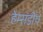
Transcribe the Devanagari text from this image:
हेम्सडीप